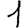
Digit: 1